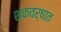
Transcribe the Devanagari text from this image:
शकवर्षात